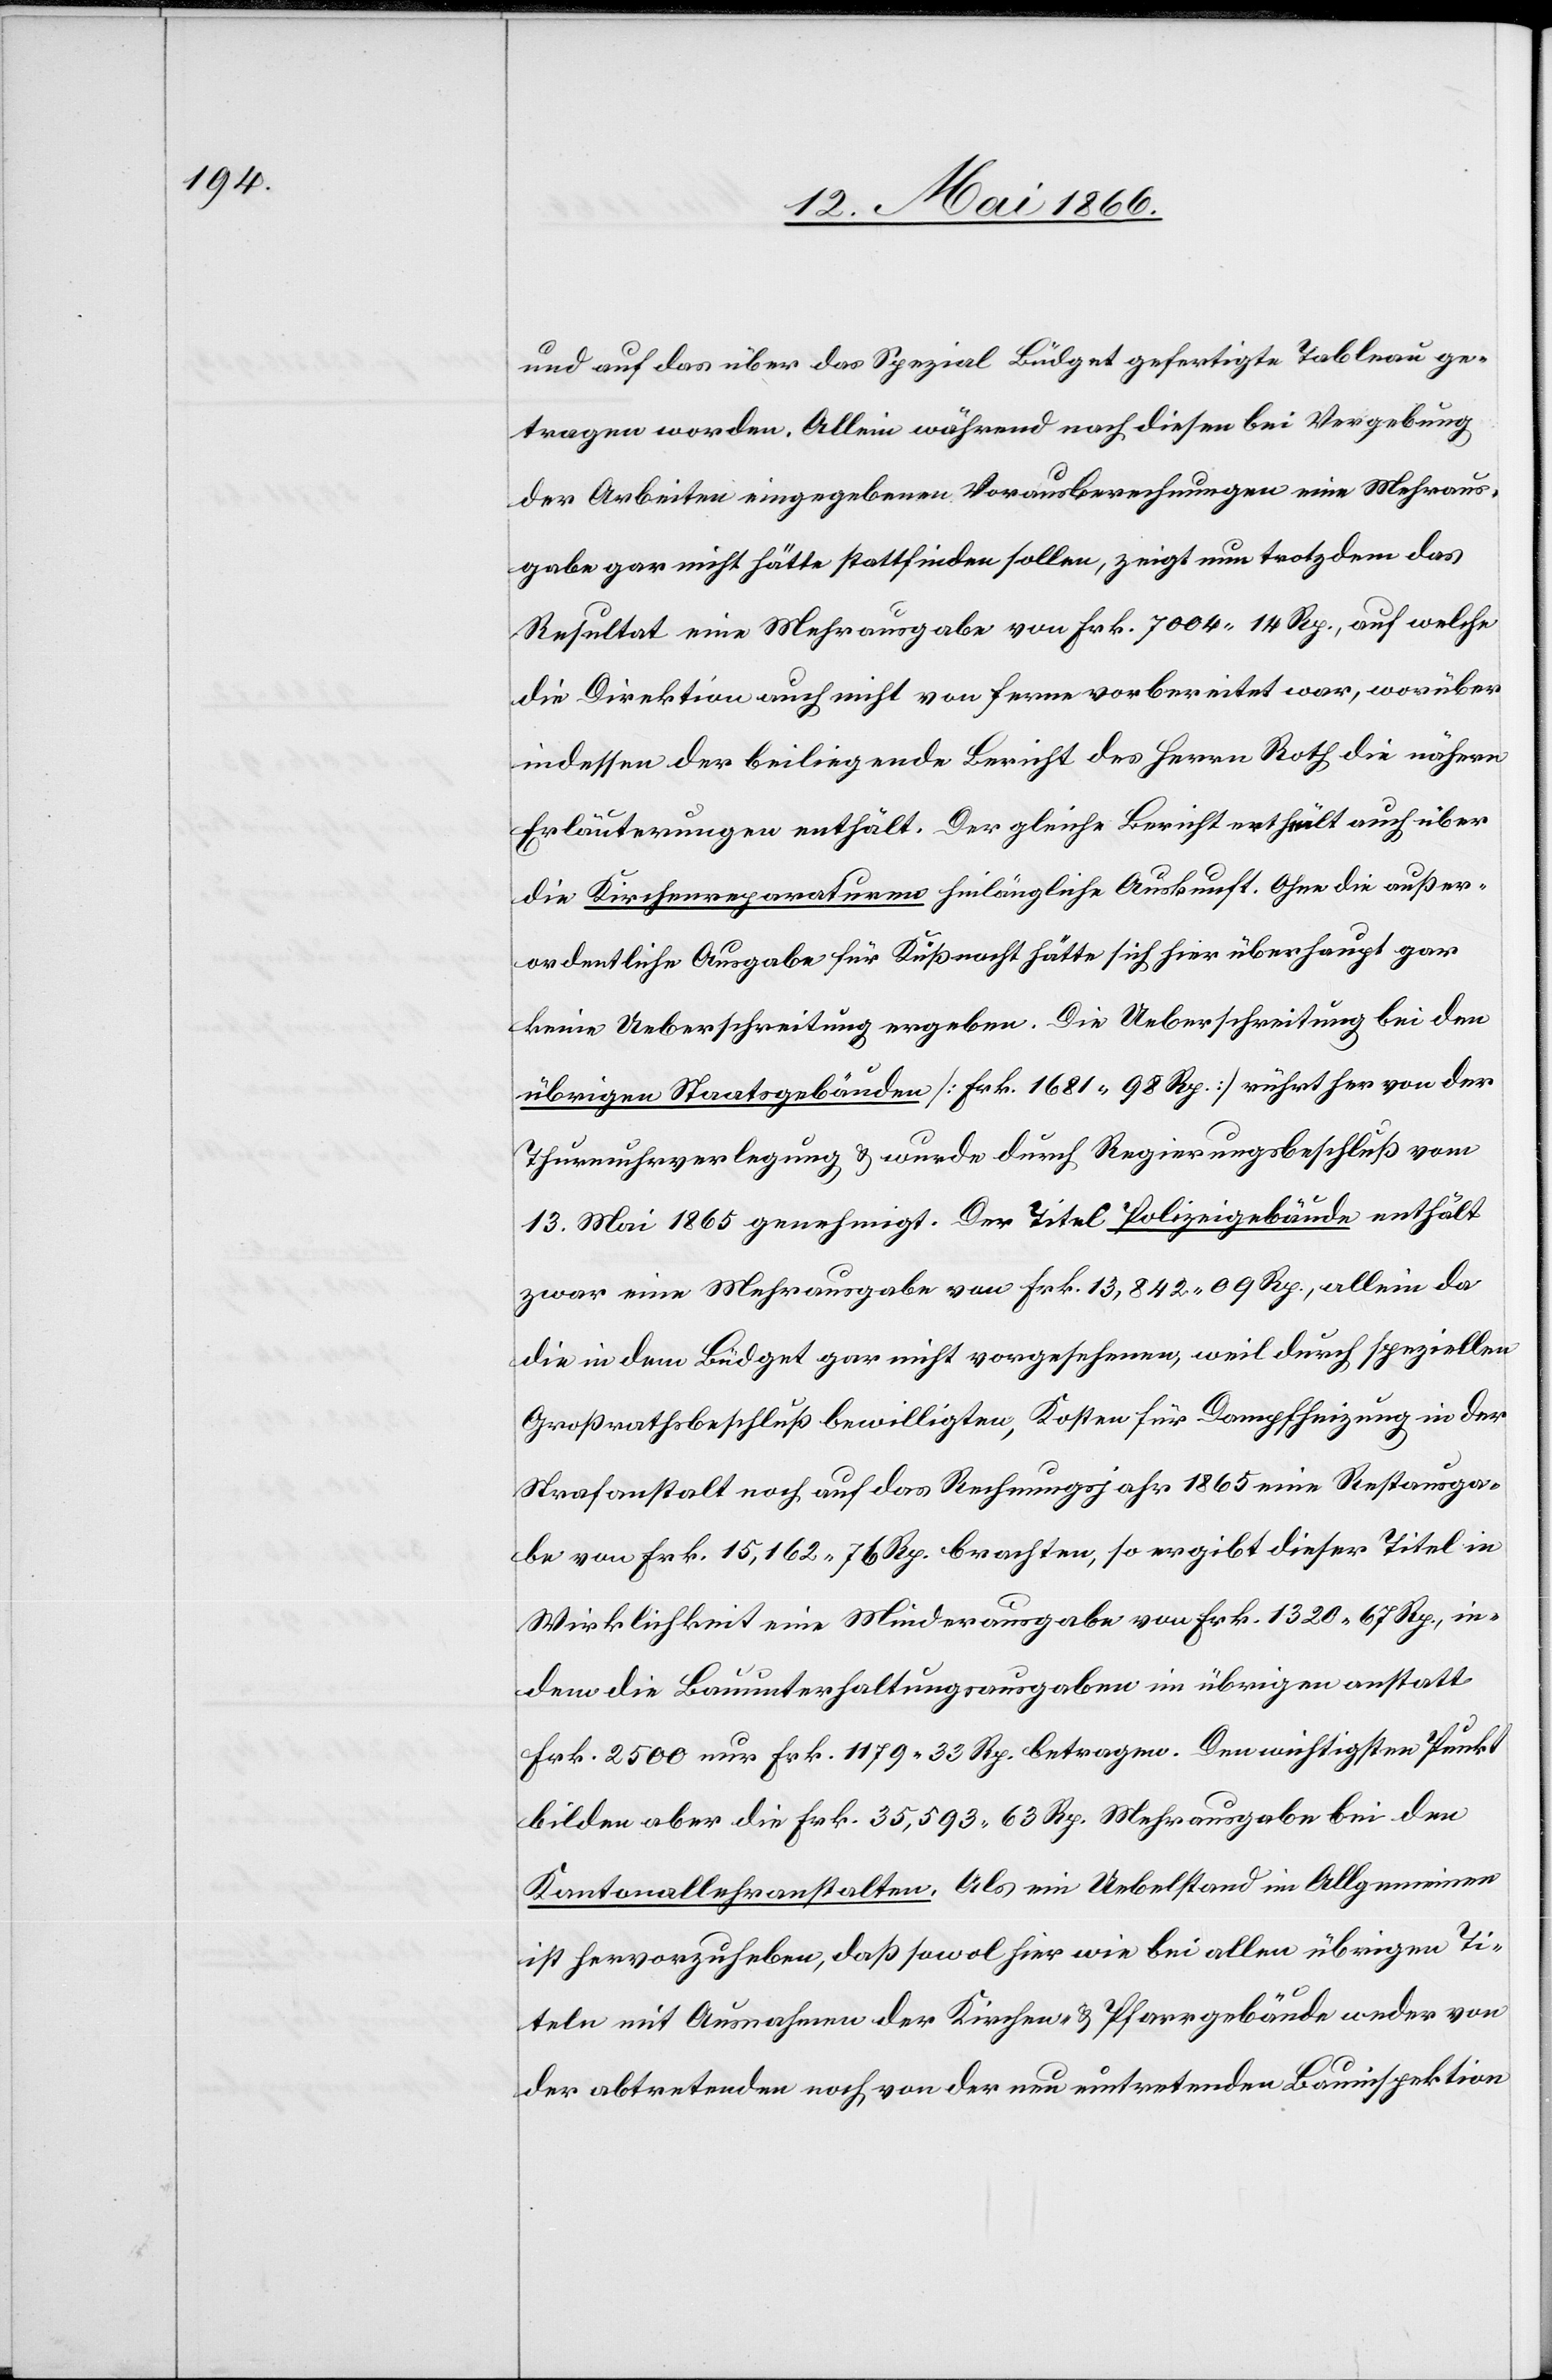
und auf das über das Spezial Büdget gefertigte Tableau ge¬
tragen worden. Allein während nach diesen bei Vergebung
der Arbeiten eingegebenen Vorausberechnungen eine Mehraus¬
gabe gar nicht hätte stattfinden sollen, zeigt nun trotzdem das
Resultat eine Mehrausgabe von Frk. 7004.14 Rp., auf welche
die Direktion auch nicht von ferne vorbereitet war, worüber
indessen der beiliegende Bericht des Herrn Roth die nähere
Erläuterung enthält. Der gleiche Bericht enthält auch über
die Kirchenreparaturen hinlängliche Auskunft. Ohne die außer¬
ordentliche Ausgabe für Küßnacht hätte sich hier überhaupt gar
keine Ueberschreitung ergeben. Die Ueberschreitung bei den
übrigen Staatsgebäuden [Frk. 1681.98 Rp.] rührt her von der
Thurmuhrverlegung u. wurde durch Regierungsbeschluß vom
13. Mai 1865 genehmigt. Der Titel Polizeigebäude enthält
zwar eine Mehrausgabe von Frk. 13 842.09 Rp., allein da
die in dem Büdget gar nicht vorgesehene, weil durch speziellen
Großrathsbeschluß bewilligten, Kosten für Dampfheizung in der
Strafanstalt noch auf das Rechnungsjahr 1865 eine Restausga¬
be von Frk. 15 162.76 Rp. brachten, so ergibt dieser Titel in
Wirklichkeit eine Minderausgabe von Frk. 1320.76 Rp., in¬
dem die Bauunterhaltungsausgaben im übrigen anstatt
Frk. 2500 nur Frk. 1179.33 Rp. betragen. Den wichtigsten Punkt
bilden aber die Frk. 25 593.63 Rp. Mehrausgabe bei den
Kantonallehranstalten. Als ein Uebelstand im Allgemeinen
ist hervorzuheben, daß sowol hier wie bei allen übrigen Ti¬
teln mit Ausnahme der Kirchen- u. Pfarrgebäude weder von
der abtretenden noch von der nun eintretenden Bauinspektion